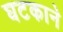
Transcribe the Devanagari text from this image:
घटकाने